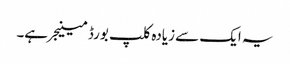
یہ ایک سے زیادہ کلپ بورڈ مینیجر ہے۔